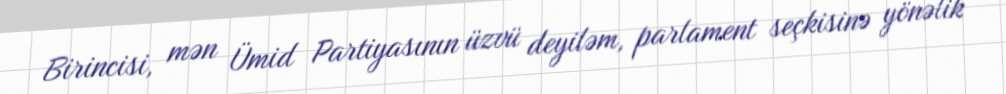
Birincisi, mən Ümid Partiyasının üzvü deyiləm, parlament seçkisinə yönəlik